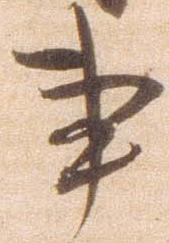
事